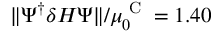
\Vert \Psi ^ { \dagger } \delta H \Psi \Vert / \mu _ { 0 } ^ { \textrm { C } } = 1 . 4 0